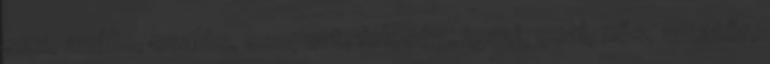
sex, anális, csalás, csoport, feleség, igazi, csal, nős, amatőr,